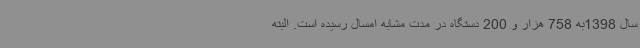
سال 1398به 758 هزار و 200 دستگاه در مدت مشابه امسال رسیده است. البته